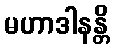
မဟာဒါနန္တိ